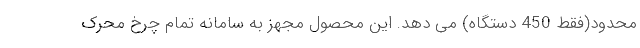
محدود(فقط 450 دستگاه) می دهد. این محصول مجهز به سامانه تمام چرخ محرک